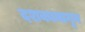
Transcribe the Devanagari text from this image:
दशकामागून